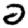
Digit: 2